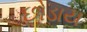
છોડાય